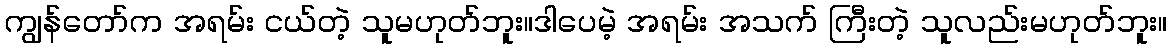
ကျွန်တော်က အရမ်း ငယ်တဲ့ သူမဟုတ်ဘူး။ဒါပေမဲ့ အရမ်း အသက် ကြီးတဲ့ သူလည်းမဟုတ်ဘူး။